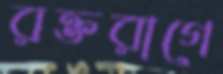
রক্তরাগে